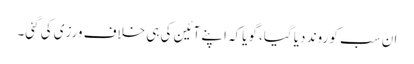
ان سب کو روند دیا گیا، گویاکہ اپنے آئین کی ہی خلاف ورزی کی گئی۔